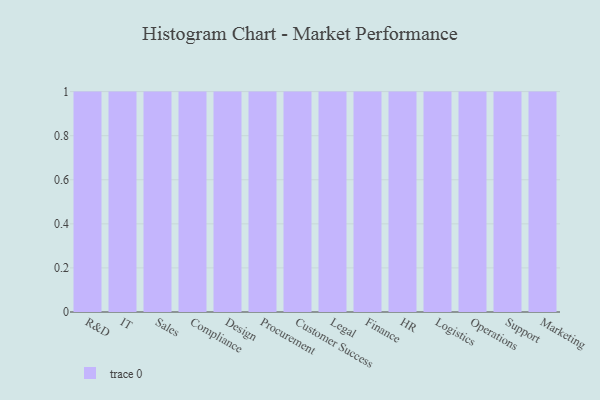
{"axis": {"x": "Department", "y": "Humidity (%)"}, "legend": [""], "data": [{"x": "R&D", "y": 26, "type": ""}, {"x": "IT", "y": 28, "type": ""}, {"x": "Sales", "y": 69, "type": ""}, {"x": "Compliance", "y": 57, "type": ""}, {"x": "Design", "y": 43, "type": ""}, {"x": "Procurement", "y": 54, "type": ""}, {"x": "Customer Success", "y": 93, "type": ""}, {"x": "Legal", "y": 23, "type": ""}, {"x": "Finance", "y": 29, "type": ""}, {"x": "HR", "y": 26, "type": ""}, {"x": "Logistics", "y": 48, "type": ""}, {"x": "Operations", "y": 38, "type": ""}, {"x": "Support", "y": 17, "type": ""}, {"x": "Marketing", "y": 45, "type": ""}]}